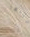
يقتلها